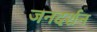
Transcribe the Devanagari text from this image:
जनदर्शन